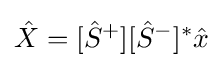
{\hat {X}}=[{\hat {S}}^{+}][{\hat {S}}^{-}]^{*}{\hat {x}}